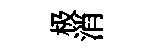
极消